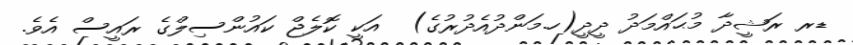
ޑރ ރަޝީދާ މުޙައްމަދު ދީދީ(ހ.މަންދުއެދުރުގެ)  އަކީ ކޮލެޖް ކައުންސިލްގެ ރައީސް އެވެ.